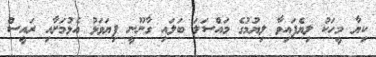
ކިޔާ މީހަކު ލިޔެފައިވާ ލިޔުމުގެ މައްސަލަ ބަލައި ގާނޫނީ ފިޔަވަޅު އެޅުމަށާއި ރައީސް